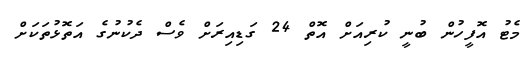
މެޓު އޮފީހުން ބުނީ ކުރިއަށް އޮތް 24 ގަޑިއިރަށް ވެސް ދެކުނުގެ އަތޮޅުތަކަށް